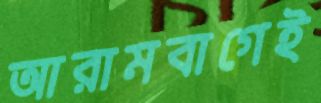
আরামবাগেই